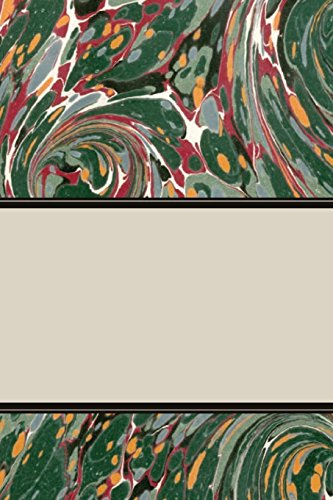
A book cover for The Sociology of Science Fiction (I.O. Evans Studies in the Philosophy & Criticism of Literatu); Brian Stableford; Reference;